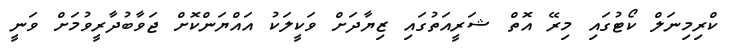
ކްރިމިނަލް ކޯޓުގައި މިރޭ އޮތް ޝަރީއަތުގައި ޒިޔާދަށް ވަކީލަކު އައްޔަންކޮށް ޖަވާބުދާރީވުމަށް ވަނީ